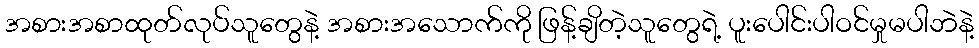
အစားအစာထုတ်လုပ်သူတွေနဲ့ အစားအသောက်ကို ဖြန့်ချိတဲ့သူတွေရဲ့ ပူးပေါင်းပါဝင်မှုမပါဘဲနဲ့